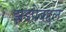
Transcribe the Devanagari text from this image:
झडपेबद्दल